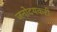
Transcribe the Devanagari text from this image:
जनोदयकरी